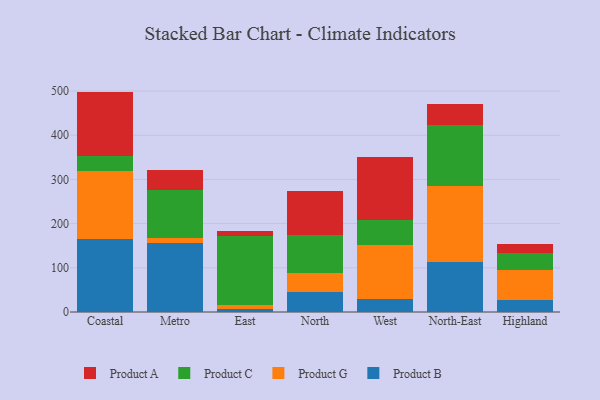
{"axis": {"x": "Region", "y": "Headcount"}, "legend": ["Product A", "Product B", "Product C", "Product G"], "data": [{"x": "Coastal", "y": 166.1, "type": "Product B"}, {"x": "Coastal", "y": 153.5, "type": "Product G"}, {"x": "Coastal", "y": 32.3, "type": "Product C"}, {"x": "Coastal", "y": 146.8, "type": "Product A"}, {"x": "Metro", "y": 155.5, "type": "Product B"}, {"x": "Metro", "y": 12.6, "type": "Product G"}, {"x": "Metro", "y": 109.0, "type": "Product C"}, {"x": "Metro", "y": 45.2, "type": "Product A"}, {"x": "East", "y": 6.4, "type": "Product B"}, {"x": "East", "y": 9.4, "type": "Product G"}, {"x": "East", "y": 155.5, "type": "Product C"}, {"x": "East", "y": 11.2, "type": "Product A"}, {"x": "North", "y": 46.1, "type": "Product B"}, {"x": "North", "y": 41.3, "type": "Product G"}, {"x": "North", "y": 87.8, "type": "Product C"}, {"x": "North", "y": 97.9, "type": "Product A"}, {"x": "West", "y": 29.9, "type": "Product B"}, {"x": "West", "y": 122.7, "type": "Product G"}, {"x": "West", "y": 54.8, "type": "Product C"}, {"x": "West", "y": 144.4, "type": "Product A"}, {"x": "North-East", "y": 112.5, "type": "Product B"}, {"x": "North-East", "y": 173.4, "type": "Product G"}, {"x": "North-East", "y": 136.3, "type": "Product C"}, {"x": "North-East", "y": 47.6, "type": "Product A"}, {"x": "Highland", "y": 27.4, "type": "Product B"}, {"x": "Highland", "y": 67.1, "type": "Product G"}, {"x": "Highland", "y": 38.5, "type": "Product C"}, {"x": "Highland", "y": 21.5, "type": "Product A"}]}